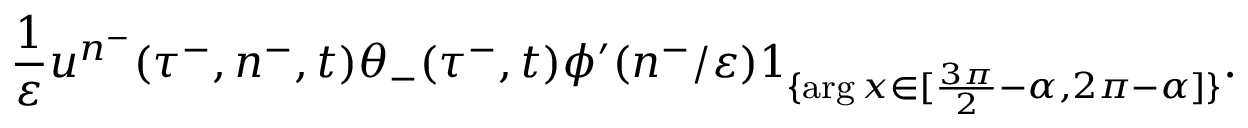
\frac { 1 } { \varepsilon } u ^ { n ^ { - } } ( \tau ^ { - } , n ^ { - } , t ) \theta _ { - } ( \tau ^ { - } , t ) \phi ^ { \prime } ( n ^ { - } / \varepsilon ) 1 _ { \{ \arg x \in [ \frac { 3 \pi } { 2 } - \alpha , 2 \pi - \alpha ] \} } .